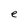
Character: e